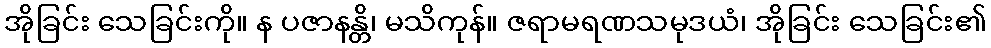
အိုခြင်း သေခြင်းကို။ န ပဇာနန္တိ၊ မသိကုန်။ ဇရာမရဏသမုဒယံ၊ အိုခြင်း သေခြင်း၏